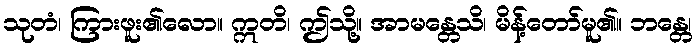
သုတံ၊ ကြားဖူး၏လော။ ဣတိ၊ ဤသို့။ အာမန္တေသိ၊ မိန့်တော်မူ၏။ ဘန္တေ၊